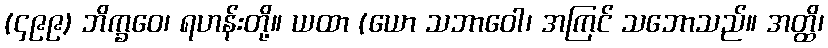
(၄၉၉) ဘိက္ခဝေ၊ ရဟန်းတို့။ ယထာ (ယော သဘာဝေါ၊ အကြင် သဘောသည်။ အတ္ထိ၊